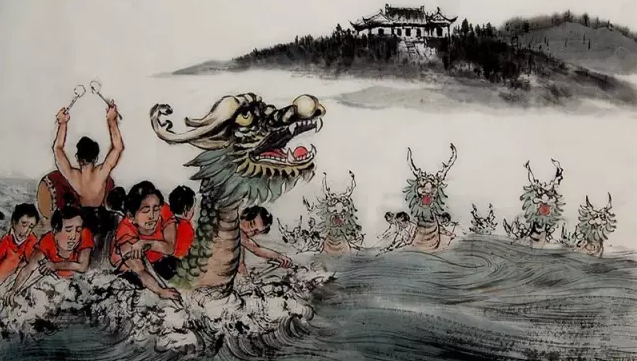
屈子冤魂终古在，楚乡遗俗至今留。